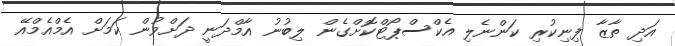
އަދި ތާޒާ ފިނިކުރި ކަންނެލި އެކްސްޕޯޓްކޮށްގެން ލިބުނު އާމްދަނީ ދަށްވުން ކަމަށް އެމްއެމްއޭ